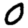
Digit: 0